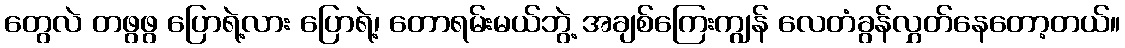
တွေလဲ တဖွဖွ ပြောရဲ့လား ပြောရဲ့၊ တောရမ်းမယ်ဘွဲ့ အချစ်ကြေးကျွန် လေတံခွန်လွှတ်နေတော့တယ်။